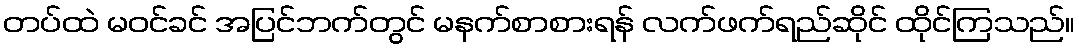
တပ်ထဲ မဝင်ခင် အပြင်ဘက်တွင် မနက်စာစားရန် လက်ဖက်ရည်ဆိုင် ထိုင်ကြသည်။